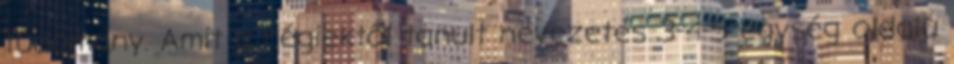
tudomány. Amit a régiektől tanult nevezetes 3-4-5 egység oldalú